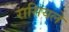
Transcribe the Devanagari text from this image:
रासियले